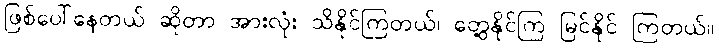
ဖြစ်ပေါ်နေတယ် ဆိုတာ အားလုံး သိနိုင်ကြတယ်၊ တွေ့နိုင်ကြ မြင်နိုင် ကြတယ်။